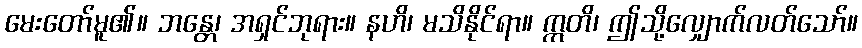
မေးတော်မူ၏။ ဘန္တေ၊ အရှင်ဘုရား။ နဟိ၊ မသိနိုင်ရာ။ ဣတိ၊ ဤသို့လျှောက်လတ်သော်။